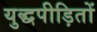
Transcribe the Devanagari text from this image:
युद्धपीड़ितों